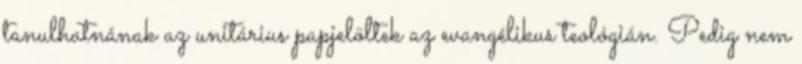
tanulhatnának az unitárius papjelöltek az evangélikus teológián. Pedig nem